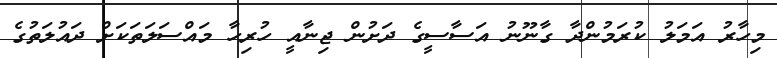
މިހާރު އަމަލު ކުރަމުންދާ ގާނޫނު އަސާސީގެ ދަށުން ޖިނާއީ ހުރިހާ މައްސަލަތަކަށް ދައުލަތުގެ